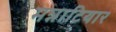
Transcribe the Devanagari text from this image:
मन्नाटियार